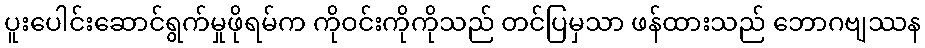
ပူးပေါင်းဆောင်ရွက်မှုဖိုရမ်က ကိုဝင်းကိုကိုသည် တင်ပြမှသာ ဖန်ထားသည် ဘောဂဗျဿန